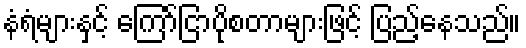
နံရံများနှင့် ကြော်ငြာပိုစတာများဖြင့် ပြည့်နေသည်။